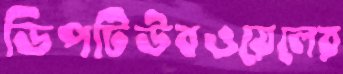
ডিপটিউবওয়েলের